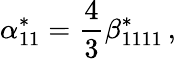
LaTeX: \alpha_{11}^{*}=\frac{4}{3}\beta_{1111}^{*}\, ,